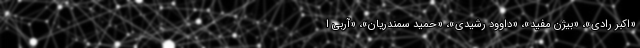
«اکبر رادی»، «بیژن مفید»، «داوود رشیدی»، «حمید سمندریان»، «آربی ا